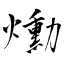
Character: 爋